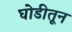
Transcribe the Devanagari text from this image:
घोडीतून